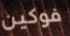
فوكين